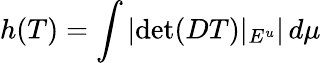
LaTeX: h(T)=\int\left|\operatorname*{det}(DT)|_{E^{u}}\right|\, d\mu